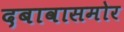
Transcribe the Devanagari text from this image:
दबावासमोर